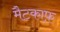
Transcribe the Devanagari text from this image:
मैटकाफ़